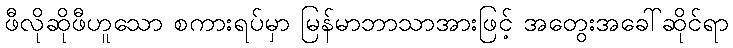
ဖီလိုဆိုဖီဟူသော စကားရပ်မှာ မြန်မာဘာသာအားဖြင့် အတွေးအခေါ်ဆိုင်ရာ